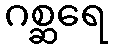
ဂစ္ဆရေ